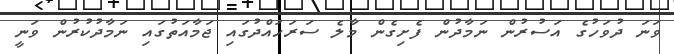
ވަނަ ދުވަހުގެ އަސުރުން ނަމާދުން ފެށިގެން މާލެ ސަރަހައްދުގައި ޖަމާއަތުގައި ނަމާދުކުރުން ވަނީ